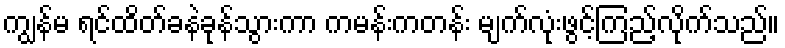
ကျွန်မ ရင်ထိတ်ခနဲခုန်သွားကာ ကမန်းကတန်း မျက်လုံးဖွင့်ကြည့်လိုက်သည်။